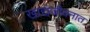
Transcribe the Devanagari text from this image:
खाद्यजीवनात